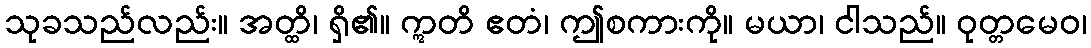
သုခသည်လည်း။ အတ္ထိ၊ ရှိ၏။ ဣတိ ဧတံ၊ ဤစကားကို။ မယာ၊ ငါသည်။ ဝုတ္တမေဝ၊